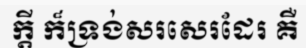
ក្តី ក៏ទ្រង់សរសេរដែរ គឺ